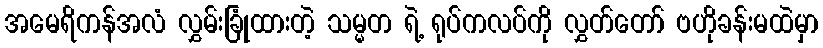
အမေရိကန်အလံ လွှမ်းခြုံထားတဲ့ သမ္မတ ရဲ့ ရုပ်ကလပ်ကို လွှတ်တော် ဗဟိုခန်းမထဲမှာ